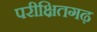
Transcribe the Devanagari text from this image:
परीक्षितगढ़